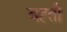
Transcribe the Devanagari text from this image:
बह्ती